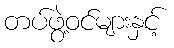
တပ်ဖွဲ့ဝင်များနှင့်